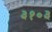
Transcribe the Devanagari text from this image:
३१०३